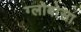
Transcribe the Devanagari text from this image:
ग्लोबोसा